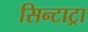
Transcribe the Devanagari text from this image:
सिन्टाट्रा